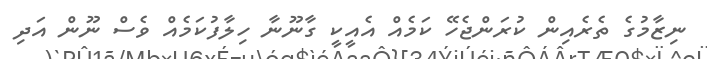
ނިޒާމުގެ ތެރެއިން ކުރަންޖެހޭ ކަމެއް އެއީކީ ގާނޫނާ ހިލާފުކަމެއް ވެސް ނޫން އަދި